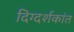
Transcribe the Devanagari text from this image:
दिग्दर्शकांत